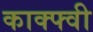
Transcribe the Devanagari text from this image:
काक्फ्वी